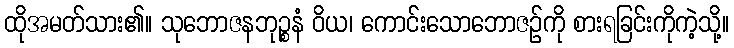
ထိုအမတ်သား၏။ သုဘောဇနဘုဉ္စနံ ဝိယ၊ ကောင်းသောဘောဇဉ်ကို စားရခြင်းကိုကဲ့သို့။